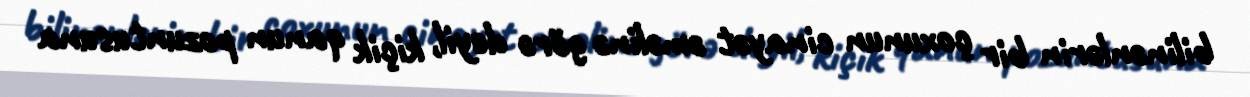
bilinənlərin bir çoxunun cinayət əməlinə görə deyil, kiçik qanun pozuntusuna